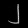
Digit: ၂